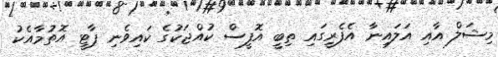
މިޝަލް އާއި އަލައިނާ އެފެރީގައި ތިބީ އޮފީސް ކުއްޖަކުގެ ކައިވެނި ޕާޓީ އޮތުމާއެކު